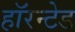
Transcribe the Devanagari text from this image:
हॉरन्टेड